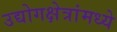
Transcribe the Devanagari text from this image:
उद्योगक्षेत्रांमध्ये